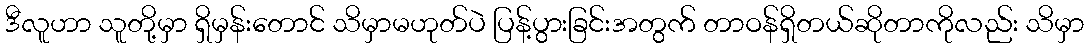
ဒီလူဟာ သူတို့မှာ ရှိမှန်းတောင် သိမှာမဟုတ်ပဲ ပြန့်ပွားခြင်းအတွက် တာဝန်ရှိတယ်ဆိုတာကိုလည်း သိမှာ